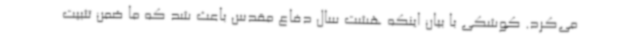
می‌کرد. کوشکی با بیان اینکه هشت سال دفاع مقدس باعث شد که ما ضمن تثبیت